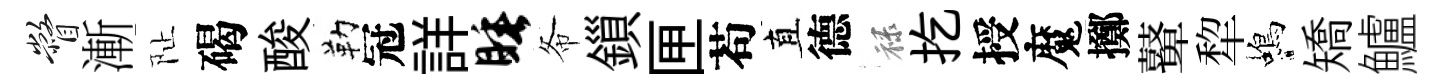
瞥漸阯碣酸勒冠詳睡𢁙鎻匣苟直德禄扢授魔擲鼙犂蝎矯鱸